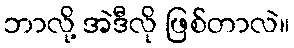
ဘာလို့ အဲဒီလို ဖြစ်တာလဲ။